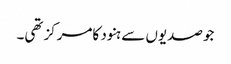
جوصدیوں سے ہنود کامرکزتھی۔